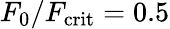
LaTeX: F_{0}/F_{\mathrm{crit}}=0.5